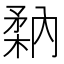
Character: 𥍲